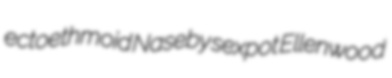
ectoethmoid Naseby sexpot Ellenwood